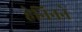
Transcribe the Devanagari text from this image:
हेनिनने